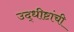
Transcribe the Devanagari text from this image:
उद्धीष्टांची